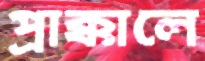
প্রাক্কালে